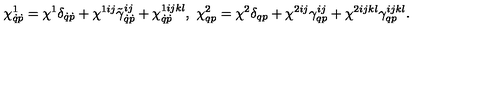
\chi _ { \dot { q } \dot { p } } ^ { 1 } = \chi ^ { 1 } \delta _ { \dot { q } \dot { p } } + \chi ^ { 1 i j } \tilde { \gamma } _ { \dot { q } \dot { p } } ^ { i j } + \chi _ { \dot { q } \dot { p } } ^ { 1 i j k l } , \ \chi _ { q p } ^ { 2 } = \chi ^ { 2 } \delta _ { q p } + \chi ^ { 2 i j } \gamma _ { q p } ^ { i j } + \chi ^ { 2 i j k l } \gamma _ { q p } ^ { i j k l } .